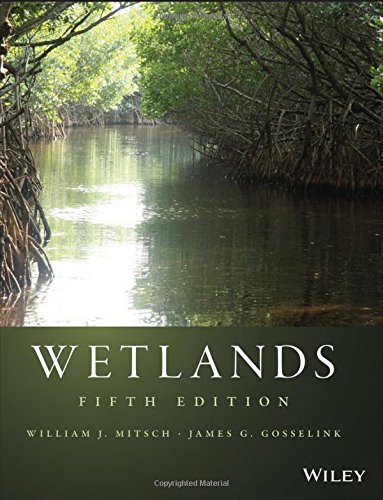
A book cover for Wetlands; William J. Mitsch; Science & Math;